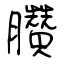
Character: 臢